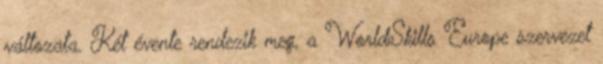
változata. Két évente rendezik meg, a WorldSkills Europe szervezet